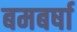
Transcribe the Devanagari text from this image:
बमबर्षा